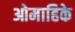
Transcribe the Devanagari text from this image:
ओमाहिके